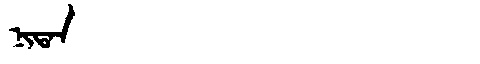
Manchu: ᠨᡳᡨᠠᠨ
Romanization: NITAN